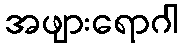
အဖျားရောဂါ